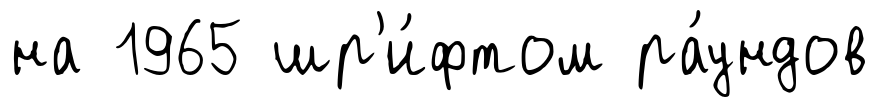
на 1965 шр'и́фтом ра́ундов